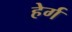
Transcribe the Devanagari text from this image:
हेर्ग